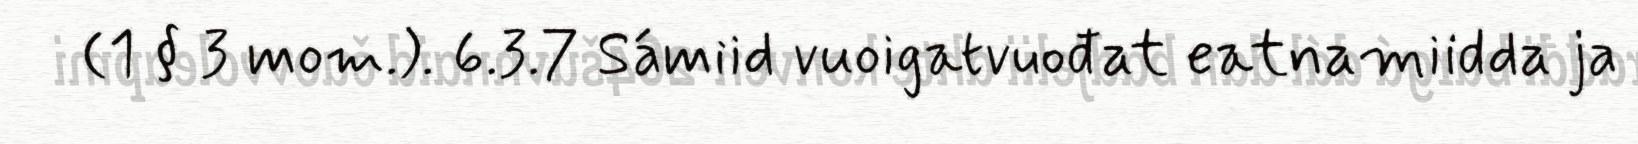
(1 § 3 mom.). 6.3.7 Sámiid vuoigatvuođat eatnamiidda ja